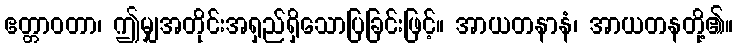
ဧတ္တာဝတာ၊ ဤမျှအတိုင်းအရှည်ရှိသောပြခြင်းဖြင့်။ အာယတနာနံ၊ အာယတနတို့၏။